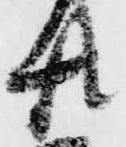
廿